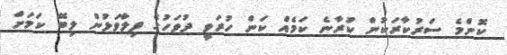
ކޮންމެ ސަރުކާރަކުން ކުރާނެ ކަމެއް ކަން ހުރަވީ ދުވަހުގެ ފިލާވަޅުން ލިބޭ ކަމަށް